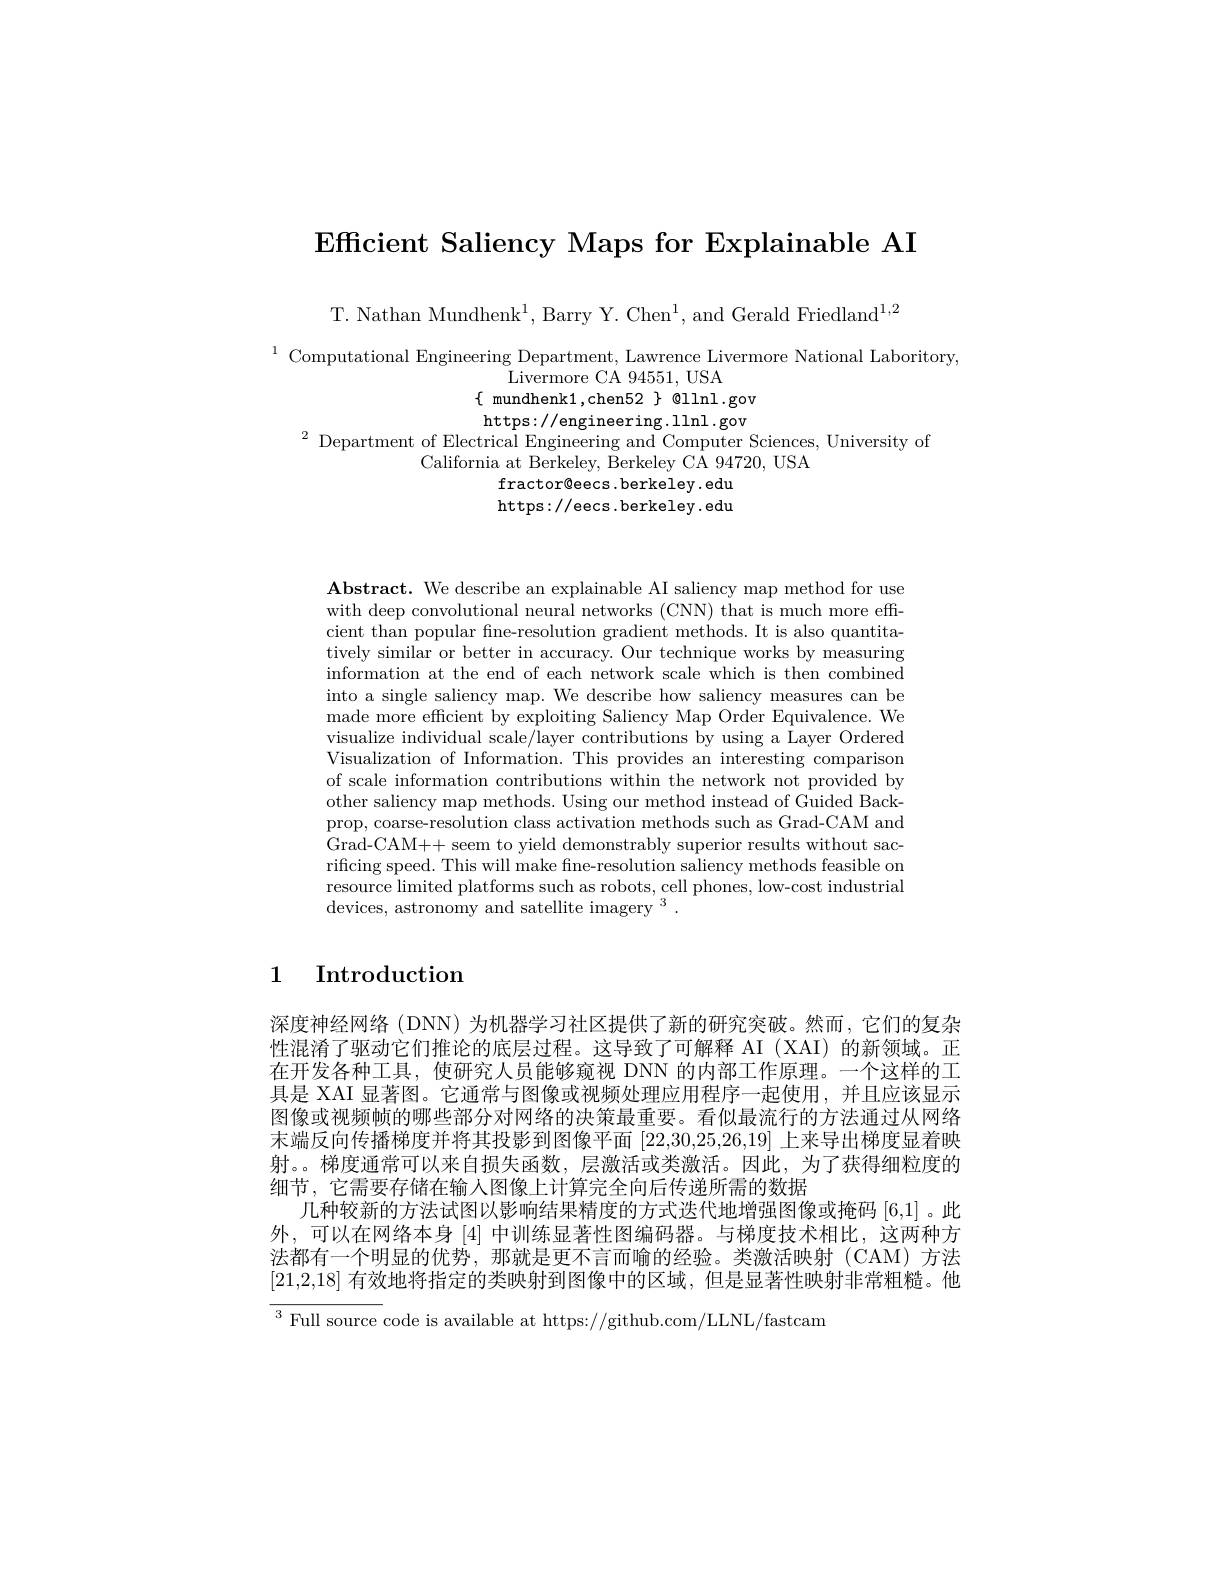
Efficient Saliency Maps for Explainable AI

T. Nathan Mundhenk$^1$, Barry Y. Chen$^1$, and Gerald Friedland$^1,2$

$^{1}$ Computational Engineering Department, Lawrence Livermore National Laboritory,
Livermore CA 94551, USA
$\{$ mundhenk1 ,chen52 $\}$ @llnl.gov https://engineering.1lnl.gov
$^{2}$Department of Electrical Engineering and Computer Sciences, University of
California at Berkeley, Berkeley CA 94720, USA
fractor@eecs.berkeley.edu https: / / eecs. berkeley. edu

Abstract. We describe an explainable AI saliency map method for use with deep convolutional neural networks (CNN) that is much more efficient than popular fine-resolution gradient methods. It is also quantitatively similar or better in accuracy. Our technique works by measuring information at the end of each network scale which is then combined into a single saliency map. We describe how saliency measures can be made more efficient by exploiting Saliency Map Order Equivalence. We visualize individual scale/layer contributions by using a Layer Ordered Visualization of Information. This provides an interesting comparison of scale information contributions within the network not provided by other saliency map methods. Using our method instead of Guided Backprop, coarse-resolution class activation methods such as Grad-CAM and Grad-CAM++ seem to yield demonstrably superior results without sacrificing speed. This will make fne-resolution saliency methods feasible on resource limited platforms such as robots, cell phones, low-cost industrial devices, astronomy and satellite imagery $^3.$

1 Introduction

深度神经网络(DNN) 为机器学习社区提供了新的研究突破。然而，它们的复杂性混淆了驱动它们推论的底层过程。这导致了可解释 AI (XAI) 的新领域。正在开发各种工具，使研究人员能够窥视 DNN 的内部工作原理。一个这样的工具是 XAI 显著图。它通常与图像或视频处理应用程序一起使用，并且应该显示图像或视频帧的哪些部分对网络的决策最重要。看似最流行的方法通过从网络末端反向传播梯度并将其投影到图像平面[22,30,25,26,19]上来导出梯度显着映射。。梯度通常可以来自损失函数，层激活或类激活。因此，为了获得细粒度的细节，它需要存储在输入图像上计算完全向后传递所需的数据
几种较新的方法试图以影响结果精度的方式迭代地增强图像或掩码 [6,1]。此外，可以在网络本身[4]中训练显著性图编码器。与梯度技术相比，这两种方法都有一个明显的优势，那就是更不言而喻的经验。类激活映射(CAM)方法[21,2,18]有效地将指定的类映射到图像中的区域，但是显著性映射非常粗糙。他$^3$ Full source code is available at https://github.com/LLNL/fastcam